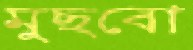
মুছবো